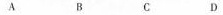
A B C D